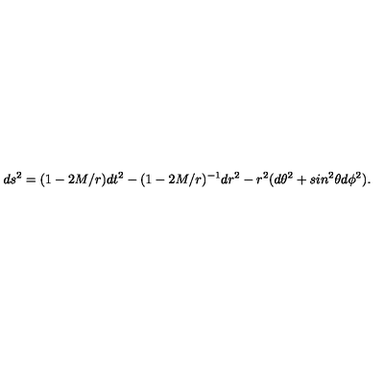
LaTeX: d s ^ { 2 } = ( 1 - 2 M / r ) d t ^ { 2 } - ( 1 - 2 M / r ) ^ { - 1 } d r ^ { 2 } - r ^ { 2 } ( d \theta ^ { 2 } + s i n ^ { 2 } \theta d \phi ^ { 2 } ) .